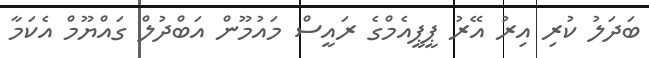
ބަދަލު ކުރި އިރު އޭރު ޕީޕީއެމްގެ ރައީސް މައުމޫން އަބްދުލް ގައްޔޫމް އެކަމާ